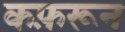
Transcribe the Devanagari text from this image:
कफ़रून